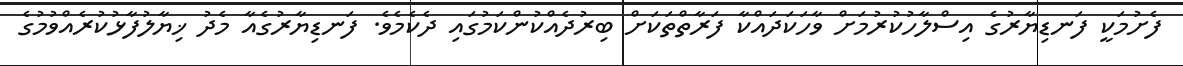
ފެށުމަކީ ފަނޑިޔާރުގެ އިސްލާހުކުރުމަށް ވާހަކަދައްކާ ފަރާތްތަކަށް ބިރުދެއްކުންކަމުގައި ދެކެމެވެ. ފަނޑިޔާރުގެއާ މެދު ޚިޔާލުފާޅުކުރެއްވުމުގެ